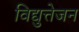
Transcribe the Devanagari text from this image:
विद्युत्तेजन